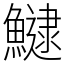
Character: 𩻸